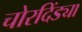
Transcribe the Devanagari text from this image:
चोरदिंड्या